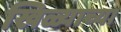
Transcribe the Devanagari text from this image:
खिळ्याच्या